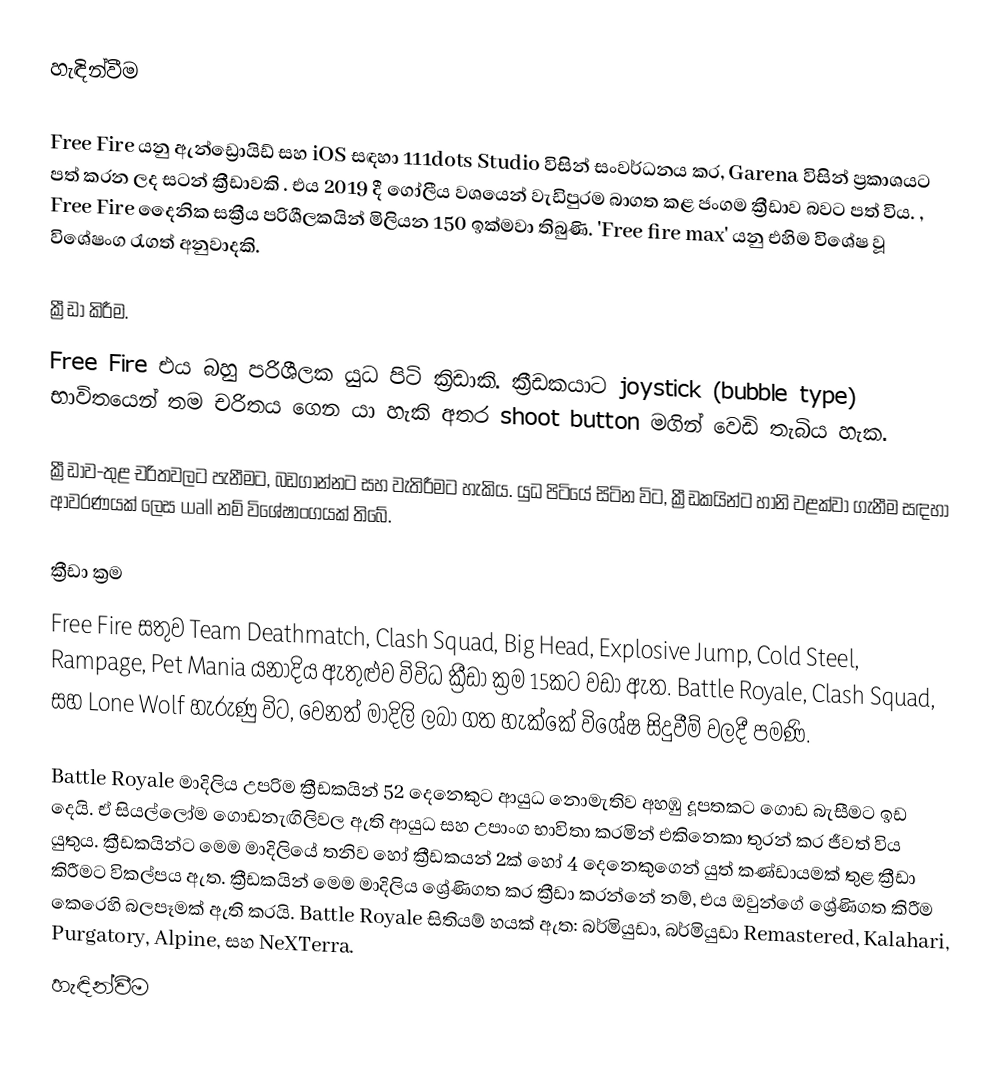
හැඳින්වීම

Free Fire යනු ඇන්ඩ්‍රොයිඩ් සහ iOS සඳහා 111dots Studio   විසින් සංවර්ධනය කර, Garena විසින් ප්‍රකාශයට පත් කරන ලද සටන්  ක්‍රීඩාවකි .  එය 2019 දී ගෝලීය වශයෙන් වැඩිපුරම බාගත කළ ජංගම ක්‍රීඩාව බවට පත් විය.     , Free Fire දෛනික සක්‍රීය පරිශීලකයින් මිලියන 150 ඉක්මවා තිබුණි.   'Free fire max' යනු එහිම විශේෂ වූ විශේෂංග රැගත් අනුවාදකි.

ක්‍රීඩා කිරීම.
Free Fire එය බහු පරිශීලක යුධ පිටි ක්‍රිඩාකි. ක්‍රීඩකයාට joystick (bubble type) භාවිතයෙන් තම චරිතය ගෙන යා හැකි අතර shoot button මගින්  වෙඩි තැබිය හැක.

ක්‍රීඩාව-තුළ චරිතවලට පැනීමට, බඩගාන්නට සහ වැතිරීමට හැකිය. යුධ පිටියේ සිටින විට, ක්‍රීඩකයින්ට හානි වළක්වා ගැනීම සඳහා ආවරණයක් ලෙස wall නම් විශේෂාංගයක් තිබේ.

ක්‍රීඩා ක්‍රම
Free Fire සතුව Team Deathmatch, Clash Squad, Big Head, Explosive Jump, Cold Steel, Rampage, Pet Mania යනාදිය ඇතුළුව විවිධ ක්‍රීඩා ක්‍රම 15කට වඩා ඇත. Battle Royale, Clash Squad, සහ Lone Wolf හැරුණු විට, වෙනත් මාදිලි ලබා ගත හැක්කේ විශේෂ සිදුවීම් වලදී පමණි.

Battle Royale මාදිලිය උපරිම ක්‍රීඩකයින් 52 දෙනෙකුට ආයුධ නොමැතිව අහඹු දූපතකට ගොඩ බැසීමට ඉඩ දෙයි. ඒ සියල්ලෝම ගොඩනැඟිලිවල ඇති ආයුධ සහ උපාංග භාවිතා කරමින් එකිනෙකා තුරන් කර ජීවත් විය යුතුය. ක්‍රීඩකයින්ට මෙම මාදිලියේ තනිව හෝ ක්‍රීඩකයන් 2ක් හෝ 4 දෙනෙකුගෙන් යුත් කණ්ඩායමක් තුළ ක්‍රීඩා කිරීමට විකල්පය ඇත. ක්‍රීඩකයින් මෙම මාදිලිය ශ්‍රේණිගත කර ක්‍රීඩා කරන්නේ නම්, එය ඔවුන්ගේ ශ්‍රේණිගත කිරීම කෙරෙහි බලපෑමක් ඇති කරයි. Battle Royale සිතියම් හයක් ඇත: බර්මියුඩා, බර්මියුඩා Remastered, Kalahari, Purgatory, Alpine, සහ NeXTerra.
හැඳින්වීම